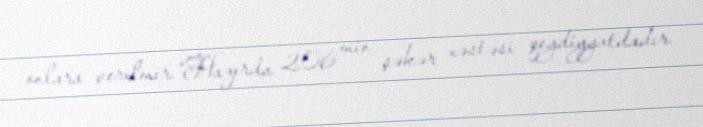
onlara verilmir.“Hazırda 206 min şəkər xəstəsi qeydiyyatdadır.